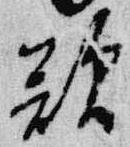
歎